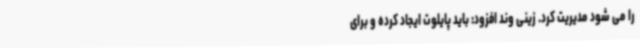
را می شود مدیریت کرد. زینی وند افزود: باید پایلوت ایجاد کرده و برای